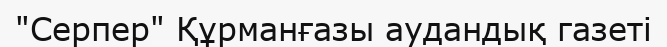
"Серпер" Құрманғазы аудандық газеті